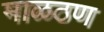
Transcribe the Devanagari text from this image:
माळठण